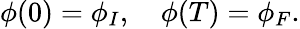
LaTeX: \phi(0)=\phi_{I},\quad\phi(T)=\phi_{F}.